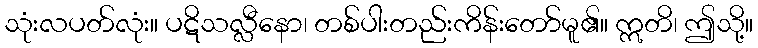
သုံးလပတ်လုံး။ ပဋိသလ္လီနော၊ တစ်ပါးတည်းကိန်းတော်မူ၏။ ဣတိ၊ ဤသို့။